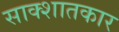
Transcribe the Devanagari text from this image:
साक्शातकार